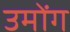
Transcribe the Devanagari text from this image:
उमोंग